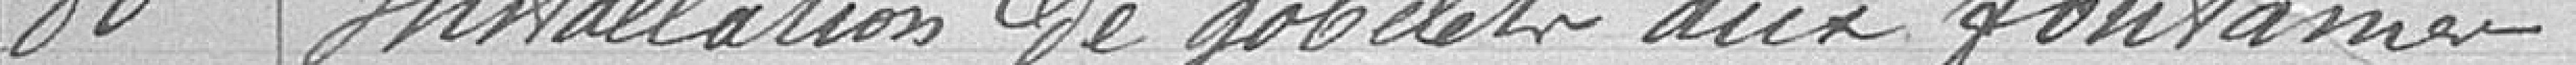
80 Installation de gobelets aux fontaines